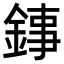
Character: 𨧫